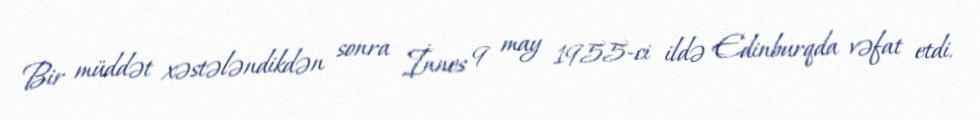
Bir müddət xəstələndikdən sonra İnnes 9 may 1955-ci ildə Edinburqda vəfat etdi.